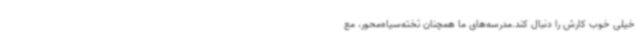
خیلی خوب کارش را دنبال کند.مدرسه‌های ما همچنان تخته‌سیاه‌محور، مع